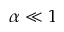
\alpha \ll 1